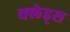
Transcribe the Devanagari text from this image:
क्लेड्स